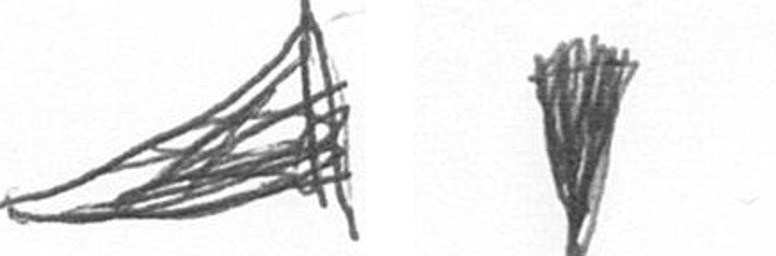
O J